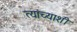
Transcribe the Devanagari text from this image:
त्‍यांच्‍याशी